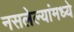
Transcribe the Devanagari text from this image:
नसलेल्यांमध्ये